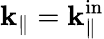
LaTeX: \mathbf k_{\mathrm{\parallel}}=\mathbf k_{\mathrm{\parallel}}^{\mathrm{in}}